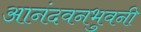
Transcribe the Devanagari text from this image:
आनंदवनभुवनी